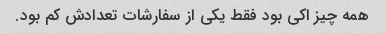
همه چیز اکی بود فقط یکی از سفارشات تعدادش کم بود.